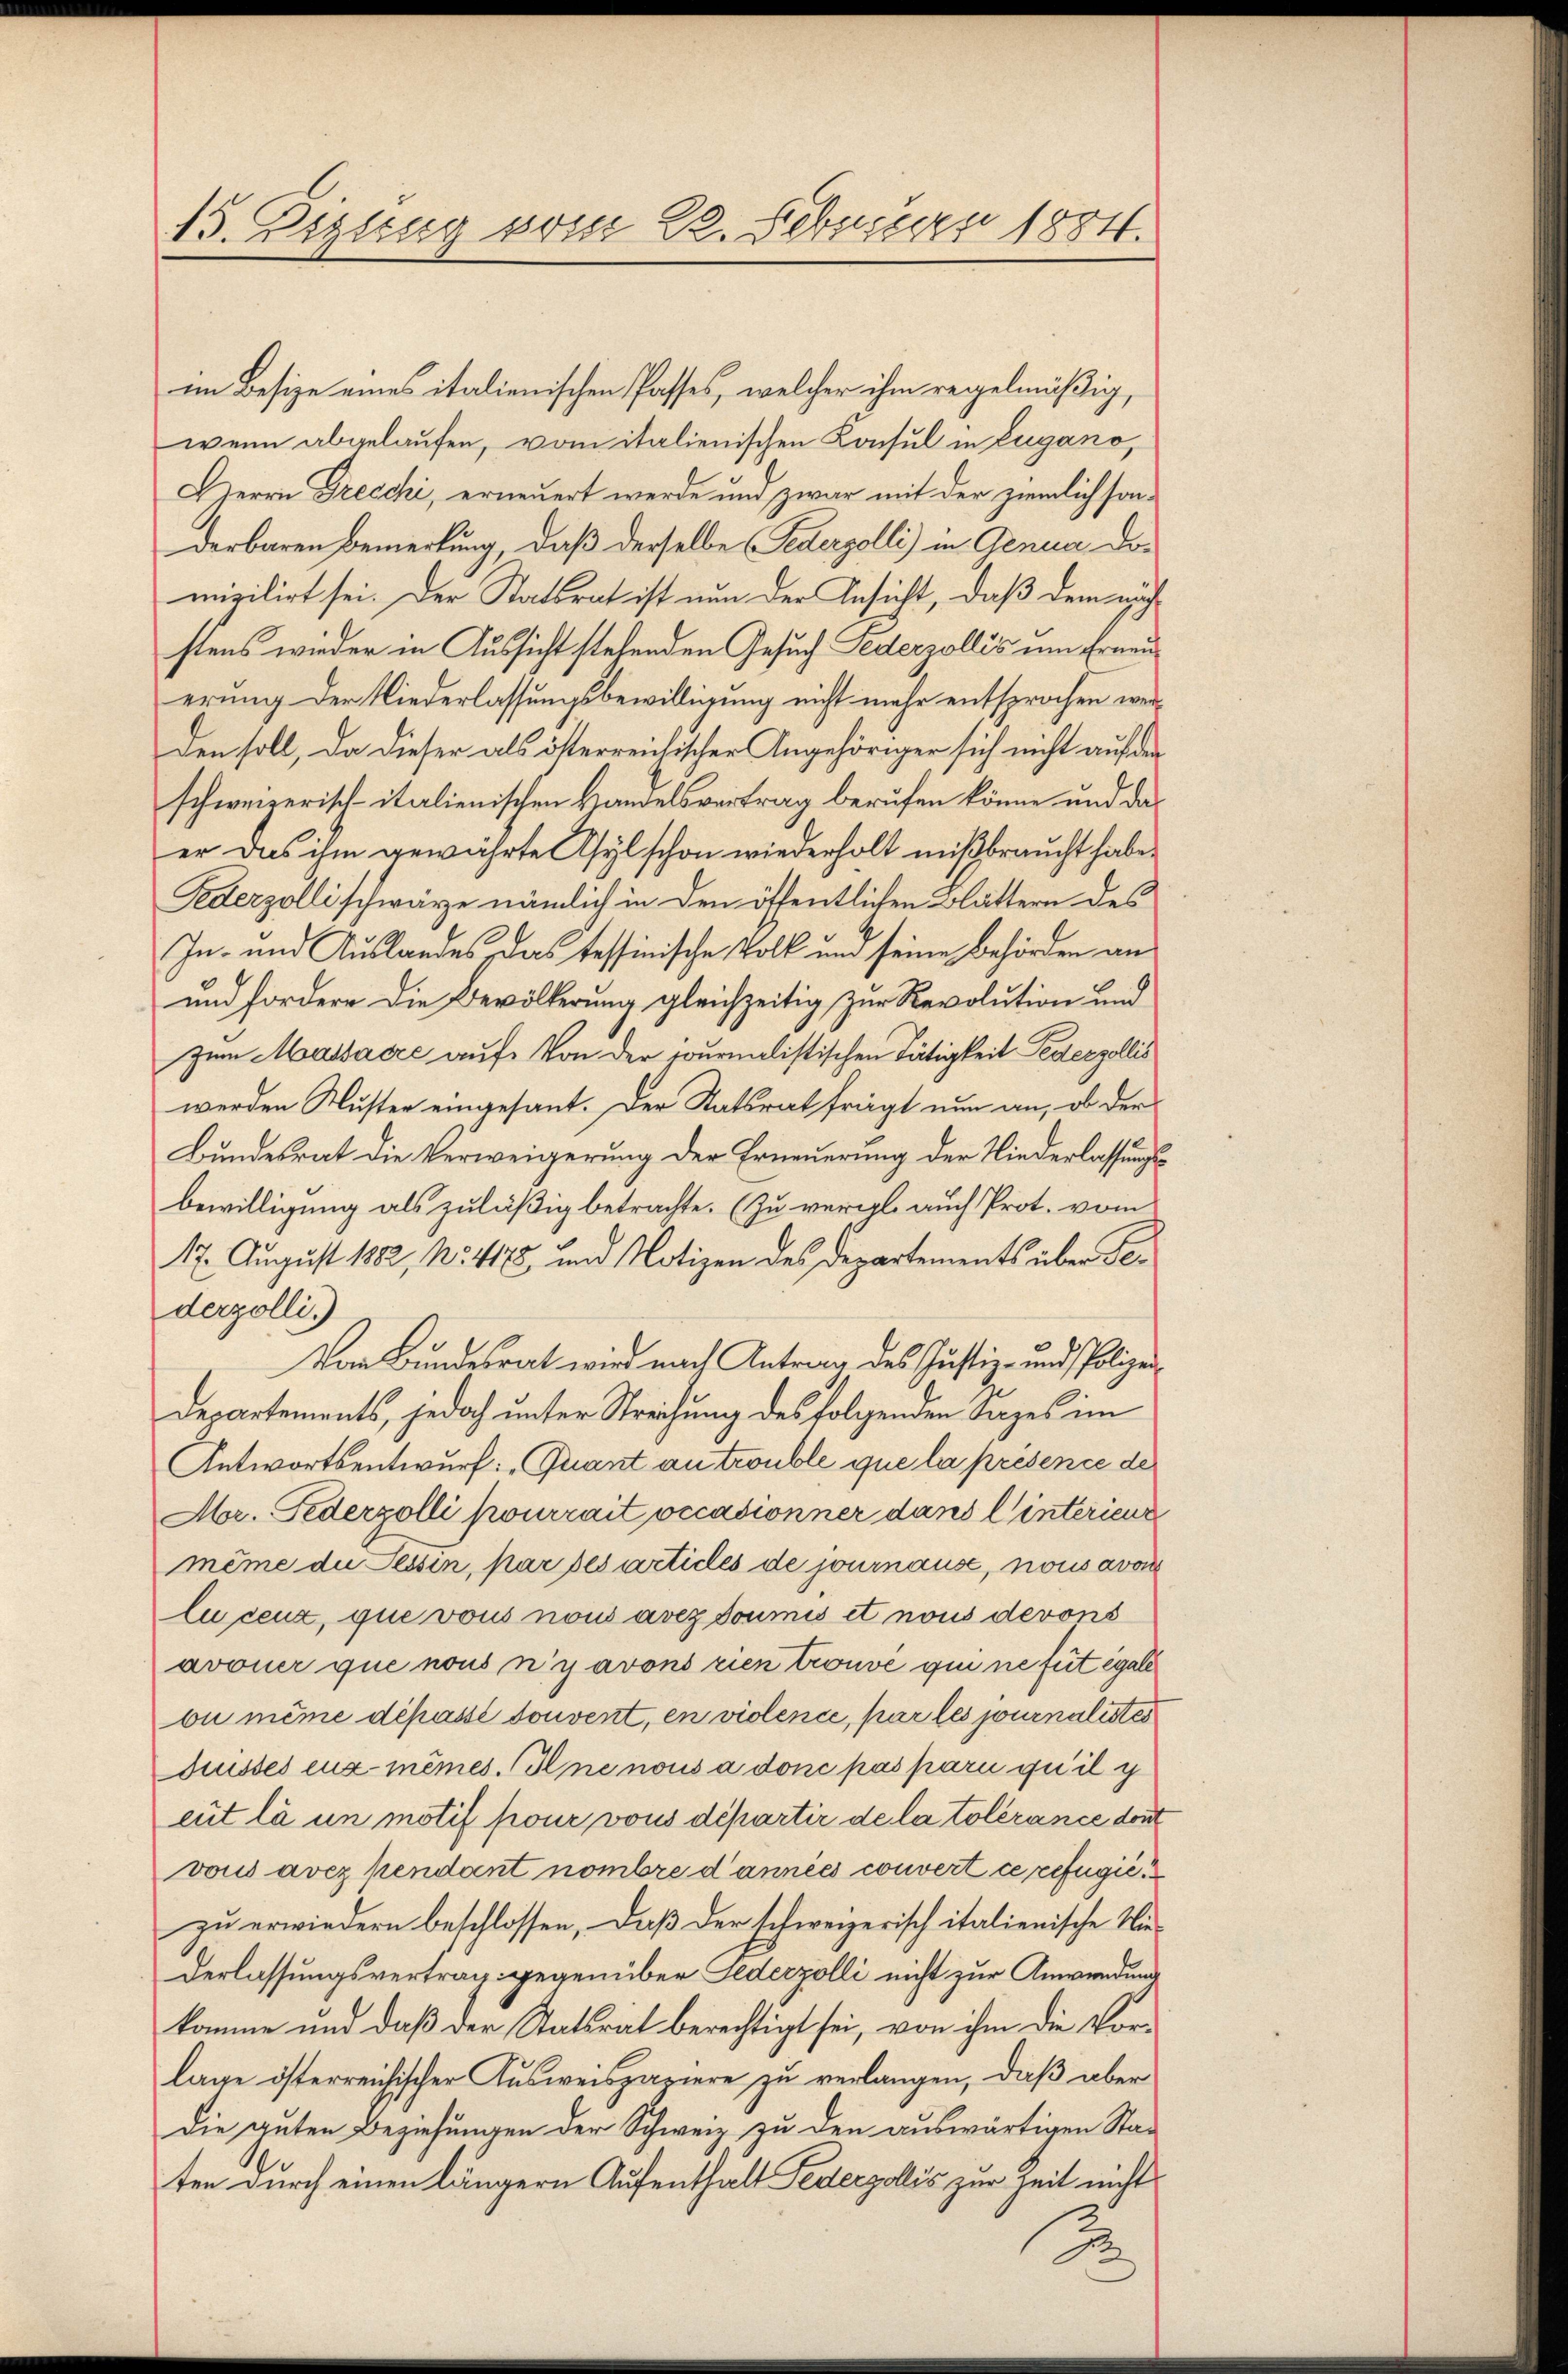
15. Dezbrug vom 22. Februar 1884.

im Besize eines italienischen Passes, welcher ihm regelmäßig,
wenn abgelaufen, vom italienischen Konsul in Eugano,
Herrn Drecchi, erneuert werde und zwar mit der ziemlich sonderbaren Bemerkung, daß derselbe Federzolli) in Genua domizilirt sei. Der Statsrat ist nun der Ansicht, daß dem nich
stens wieder in Aussicht stehenden Gesuch Lederzollis um Erneuerung der Niederlassungsbewilligung nicht mehr entsprochen werden soll, da dieser als österreichischer Angehöriger sich nicht auf den
schweizerisch-italienischen Handelsvertrag berufen könne und das
er das ihm gewährte Asyl schon wiederholt mißbraucht habe.
Ederzolli schwärze nämlich in den öffentlichen Blättern des
In- und Auslandes das tessinische Volk und seine Behörden an
und fordere die Bevölkerung gleichzeitig zur Revolution und
zum Massacze auf. Von der journalistischen Tätigkeit Pederzollis
werden Ruster eingesant. Der Statsrat frägt nun an, ob der
Bundesrat die Verweigerung der Erneuerung der Niederlassungsbewilligung als zuläßig betrachte. (Zu vergl. auch Prot. vom
17. August 1882, No. 478 und Notizen des Departements über Sederzolli.)
Von Bundesrat wird nach Antrag des Justiz- und Polizei
Departements, jedoch unter Streichung des folgenden Sages im
Antwortsentwurf: „Quant an trouble que la présence de
Abr. Federzolli pourrait occasionner dans l interienz
même die Tessin, par des articles de journause, nous avoir
lu ceux, que vous non avezdoumis et nous derons
avouer que nous n’y avons rien trouve qui ne fut égale
bi même dépassé souvent, en violence, par les journalistes
duisses eux-mêmes. Ine nous a donc pas pari qu’il y
eut là un motif pour vons départir de la tolérance dont
vous avez pendant nombre d’années convert ce refugier
zu erwiedern beschlossen, daß der schweizerisch italienische Wiederlassungsvertrag gegenüber Federzolli nicht zur Anwendung
komme und daß der Statsrat berechtigt sei, von ihm die Vor-
lage österreichischer Ausweispapiere zu verlangen, daß aber
die guten Beziehungen der Schweiz zu den auswärtigen Sta-
ten durch einen längern Aufenthalt Federzollis zur Zeit nicht
2